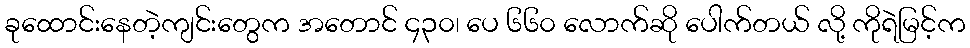
ခုထောင်းနေတဲ့ကျင်းတွေက အတောင် ၄၃၀၊ ပေ ၆၆၀ လောက်ဆို ပေါက်တယ် လို့ ကိုရဲမြင့်က